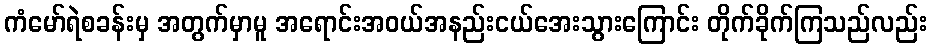
ကံမော်ရဲစခန်းမှ အတွက်မှာမူ အရောင်းအဝယ်အနည်းငယ်အေးသွားကြောင်း တိုက်ခိုက်ကြသည်လည်း